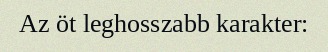
Az öt leghosszabb karakter: